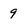
Character: 9